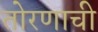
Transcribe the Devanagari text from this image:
तोरणाची